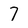
Character: 7